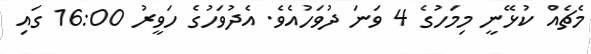
މެޗެއް ކުޅޭނީ މިމަހުގެ 4 ވަނަ ދުވަހުއެވެ. އެދުވަހުގެ ހަވީރު 16:00 ގައި